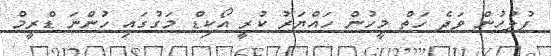
ފުލުހުން ވަދެ ހަތް މީހުން ހައްޔަރު ކުރީ އޯކިޑް މަގުގައި ހުންނަ ޑްރީމް